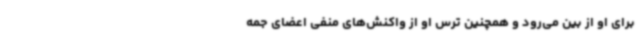
برای او از بین می‌رود و همچنین ترس او از واکنش‌های منفی اعضای جمه